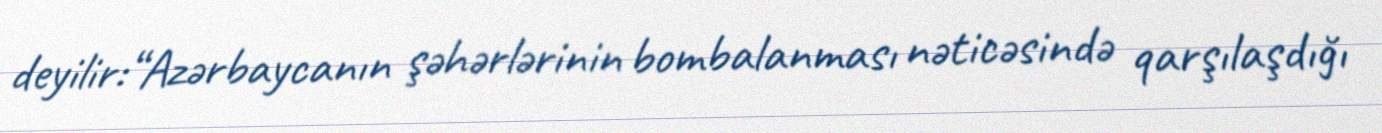
deyilir:“Azərbaycanın şəhərlərinin bombalanması nəticəsində qarşılaşdığı